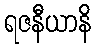
ရဇနီယာနိ